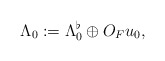
\begin{align*} \Lambda_0 := \Lambda^\flat_0\oplus O_F u_0,\end{align*}